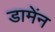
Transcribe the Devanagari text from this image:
डामेंन